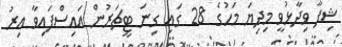
ޝިފާ ވިދާޅުވީ މިދިޔަ މަހުގެ 28 ގައި ގިނަ ޓީޗަރުން އައިސްފައިވާ އިރު